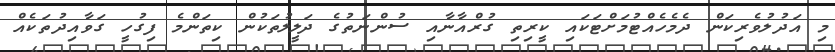
މި އަދުލުވެރިކަން ދެމެހެއްޓުމަށްޓަކައި ކީރިތި ގުރްއާނާއި ސުންނަތުގެ ދަލީލުތަކުން ކިތަންމެ ފިގުހީ ގަވާއިދުތަކެއް